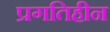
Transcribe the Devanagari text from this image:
प्रगतिहीन